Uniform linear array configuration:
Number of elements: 8
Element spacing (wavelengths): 0.25
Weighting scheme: uniform
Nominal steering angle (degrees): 45
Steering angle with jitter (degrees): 43.05
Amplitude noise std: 0.05
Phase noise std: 0.05

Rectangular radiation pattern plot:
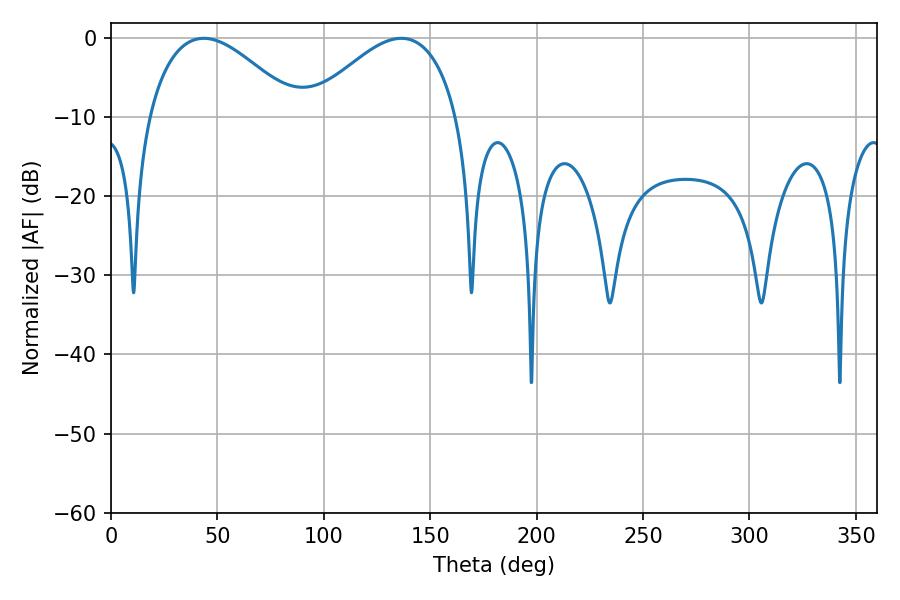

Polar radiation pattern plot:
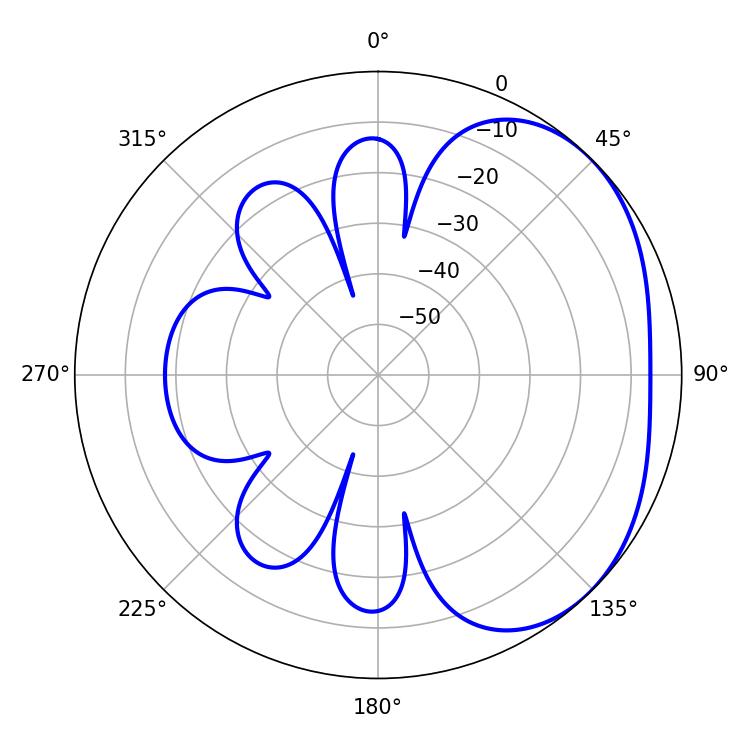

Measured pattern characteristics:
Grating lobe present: FALSE
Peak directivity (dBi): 2.818
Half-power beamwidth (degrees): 38.34
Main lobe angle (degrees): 43.56